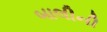
બાલીની